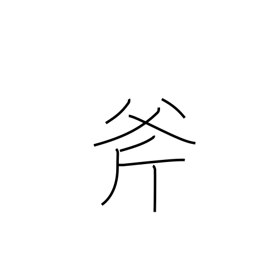
Meaning: ax